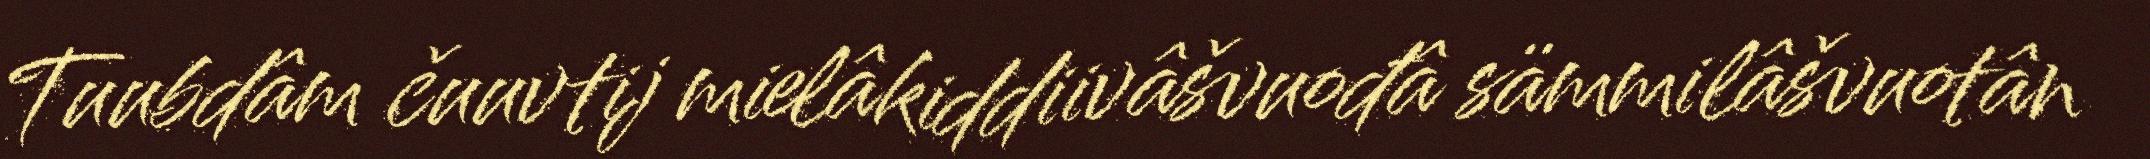
Tuubdâm čuuvtij mielâkiddiivâšvuođâ sämmilâšvuotân